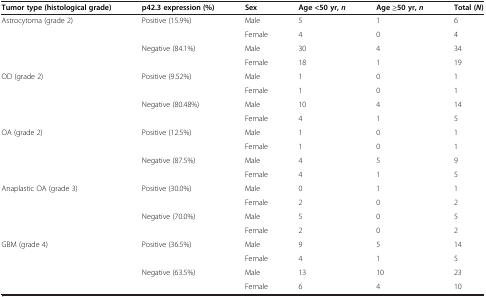
<table><thead><tr><td><b>Tumor type (histological grade)</b></td><td><b>p42.3 expression (%)</b></td><td><b>Sex</b></td><td><b>Age &lt;50 yr, <i>n</i></b></td><td><b>Age ≥50 yr, <i>n</i></b></td><td><b>Total ( <i>N </i>)</b></td></tr></thead><tbody><tr><td rowspan="4">Astrocytoma (grade 2)</td><td rowspan="2">Positive (15.9%)</td><td>Male</td><td>5</td><td>1</td><td>6</td></tr><tr><td>Female</td><td>4</td><td>0</td><td>4</td></tr><tr><td rowspan="2">Negative (84.1%)</td><td>Male</td><td>30</td><td>4</td><td>34</td></tr><tr><td>Female</td><td>18</td><td>1</td><td>19</td></tr><tr><td rowspan="4">OD (grade 2)</td><td rowspan="2">Positive (9.52%)</td><td>Male</td><td>1</td><td>0</td><td>1</td></tr><tr><td>Female</td><td>1</td><td>0</td><td>1</td></tr><tr><td rowspan="2">Negative (80.48%)</td><td>Male</td><td>10</td><td>4</td><td>14</td></tr><tr><td>Female</td><td>4</td><td>1</td><td>5</td></tr><tr><td rowspan="4">OA (grade 2)</td><td rowspan="2">Positive (12.5%)</td><td>Male</td><td>1</td><td>0</td><td>1</td></tr><tr><td>Female</td><td>1</td><td>0</td><td>1</td></tr><tr><td rowspan="2">Negative (87.5%)</td><td>Male</td><td>4</td><td>5</td><td>9</td></tr><tr><td>Female</td><td>4</td><td>1</td><td>5</td></tr><tr><td rowspan="4">Anaplastic OA (grade 3)</td><td rowspan="2">Positive (30.0%)</td><td>Male</td><td>0</td><td>1</td><td>1</td></tr><tr><td>Female</td><td>2</td><td>0</td><td>2</td></tr><tr><td rowspan="2">Negative (70.0%)</td><td>Male</td><td>5</td><td>0</td><td>5</td></tr><tr><td>Female</td><td>2</td><td>0</td><td>2</td></tr><tr><td rowspan="4">GBM (grade 4)</td><td rowspan="2">Positive (36.5%)</td><td>Male</td><td>9</td><td>5</td><td>14</td></tr><tr><td>Female</td><td>4</td><td>1</td><td>5</td></tr><tr><td rowspan="2">Negative (63.5%)</td><td>Male</td><td>13</td><td>10</td><td>23</td></tr><tr><td>Female</td><td>6</td><td>4</td><td>10</td></tr></tbody></table>